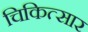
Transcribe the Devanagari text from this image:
चिकित्सार